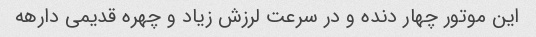
این موتور چهار دنده و در سرعت لرزش زیاد و چهره قدیمی دارهه